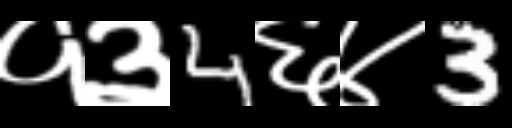
Text: १३4६४3